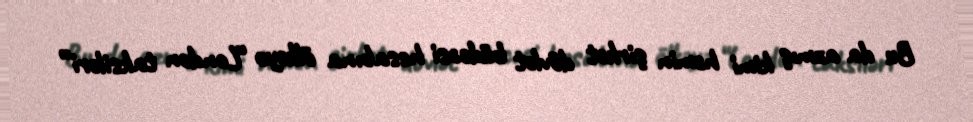
Bu da azmış kimi həmin şirkət dövlət büdcəsi hesabına ölkəyə “London taksiləri”